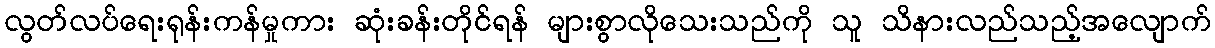
လွတ်လပ်ရေးရုန်းကန်မှုကား ဆုံးခန်းတိုင်ရန် များစွာလိုသေးသည်ကို သူ သိနားလည်သည့်အလျောက်